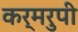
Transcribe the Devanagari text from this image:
कर्मरुपी